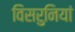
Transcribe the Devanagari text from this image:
विसरुनियां